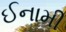
ઈનામી